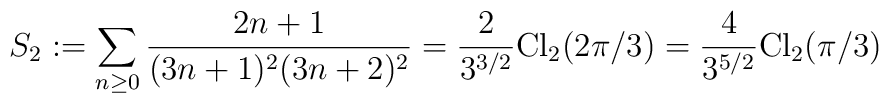
S_2:=\sum_{n\ge0}\frac{2n+1}{(3n+1)^2(3n+2)^2}=\frac{2}{3^{3/2}}{\rm Cl}_2(2\pi/3)=\frac{4}{3^{5/2}}{\rm Cl}_2(\pi/3)